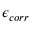
\epsilon _ { c o r r }